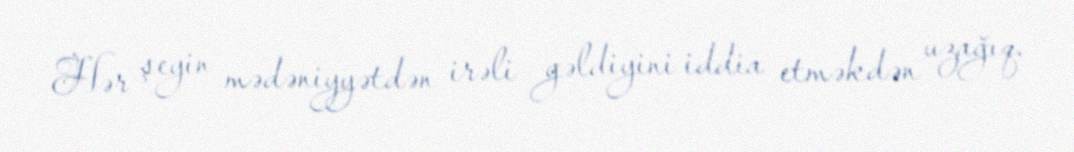
Hər şeyin mədəniyyətdən irəli gəldiyini iddia etməkdən uzağıq.